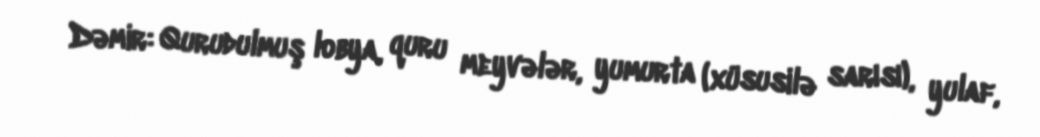
Dəmir: Qurudulmuş lobya, quru meyvələr, yumurta (xüsusilə sarısı), yulaf,